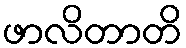
ဖာလိတာတိ